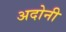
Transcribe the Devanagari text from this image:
अदोनी